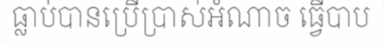
ធ្លាប់បានប្រើប្រាស់អំណាច ធ្វើបាប